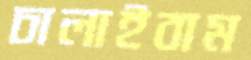
চালাইবাম